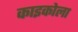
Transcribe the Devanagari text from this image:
काइकोला